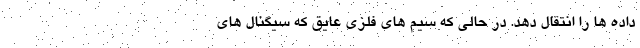
داده ها را انتقال دهد. در حالی که سیم های فلزی عایق که سیگنال های